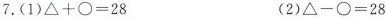
7.(1)$$\bigtriangleup + \bigcirc = 2 8$$ (2)$$\bigtriangleup - \bigcirc = 2 8$$